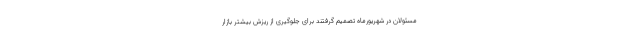
مسئولان در شهریورماه تصمیم گرفتند برای جلوگیری از ریزش بیشتر بازار